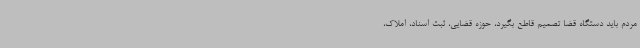
مردم باید دستگاه قضا تصمیم قاطع بگیرد، حوزه قضایی، ثبت اسناد، املاک،